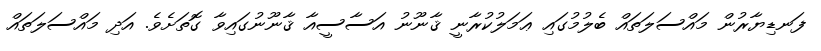
ފަނޑިޔާރުން މައްސަލަތައް ބެލުމުގައި ޢަމަލުކުރާނީ ޤާނޫނު އަސާސީއާ ޤާނޫނުގައިވާ ގޮތަށެވެ. އަދި މައްސަލަތައް